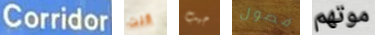
Corridor كنت جيب فصول موتهم